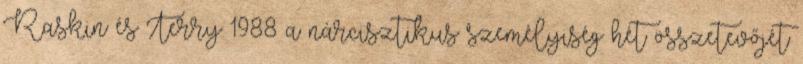
Raskin és Terry 1988 a nárcisztikus személyiség hét összetevőjét